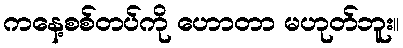
ကနေ့စစ်တပ်ကို ဟောတာ မဟုတ်ဘူး။